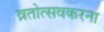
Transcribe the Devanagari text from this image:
व्रतोत्सवकरना